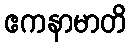
ဧကနာမာတိ